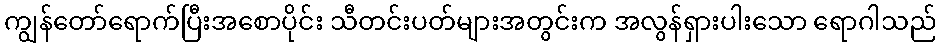
ကျွန်တော်ရောက်ပြီးအစောပိုင်း သီတင်းပတ်များအတွင်းက အလွန်ရှားပါးသော ရောဂါသည်